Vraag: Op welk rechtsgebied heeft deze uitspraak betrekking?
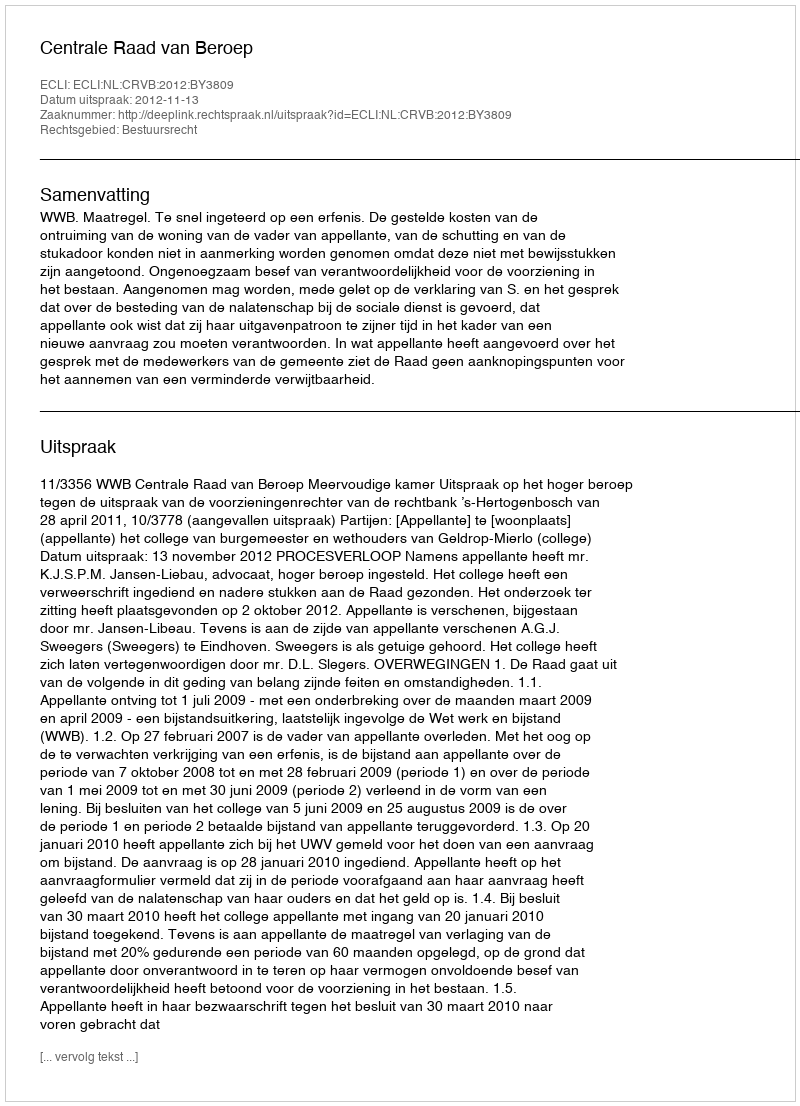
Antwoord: Bestuursrecht